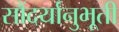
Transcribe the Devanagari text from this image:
सौंदर्यानुभूती